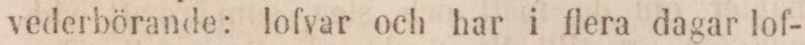
vederbörande: lofvar och har i flera dagar lof-